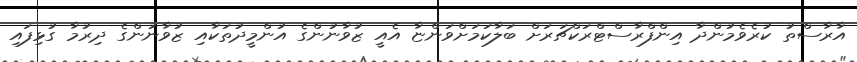
އާރާސްތު ކުރެވެމުންދާ އިންފްރާސްޓްރަކްޗަރަށް ބަލާކަމަށްވަންޏާ އެއީ ޒުވާނުންގެ އުންމީދުތަކާއި ޒުވާނުންގެ ދިރުމާ ގުޅިފައި